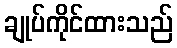
ချုပ်ကိုင်ထားသည်